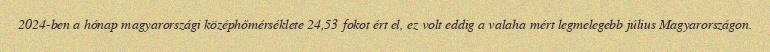
2024-ben a hónap magyarországi középhőmérséklete 24,53 fokot ért el, ez volt eddig a valaha mért legmelegebb július Magyarországon.